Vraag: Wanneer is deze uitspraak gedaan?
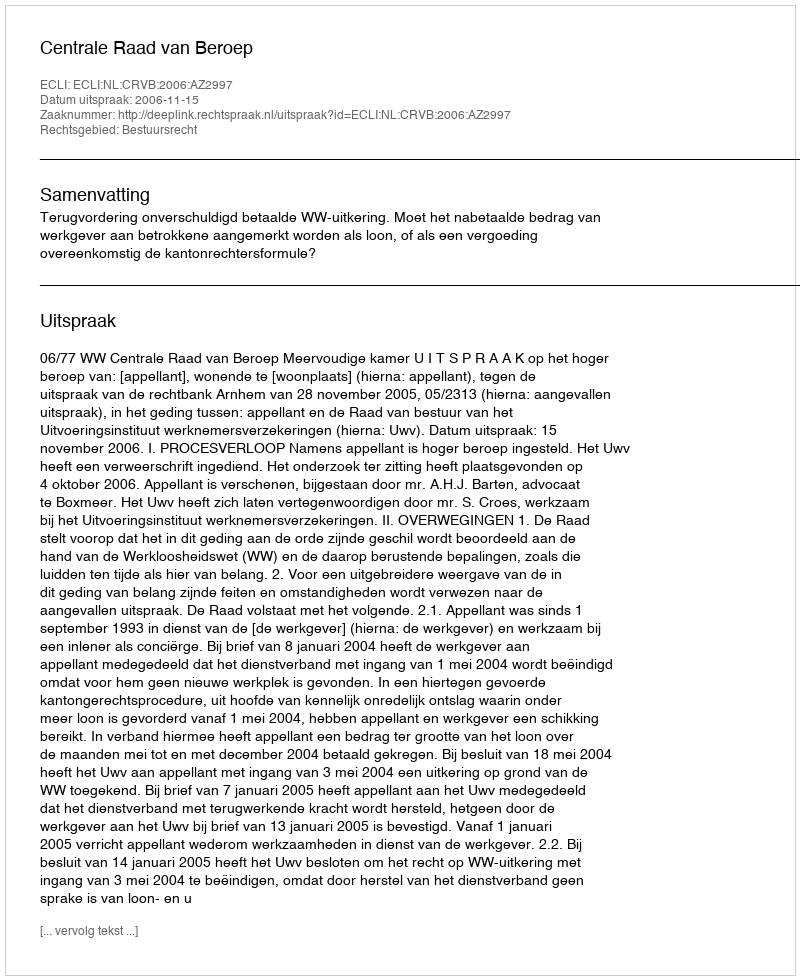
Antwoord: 2006-11-15